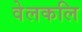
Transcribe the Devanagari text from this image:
वेलकलि